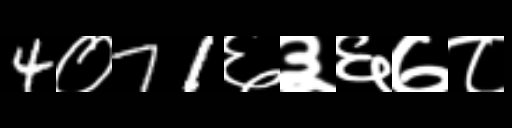
Text: 4०71६३६७८